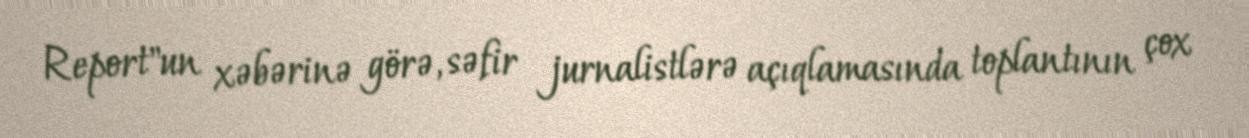
Report"un xəbərinə görə, səfir jurnalistlərə açıqlamasında toplantının çox